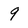
Character: 9